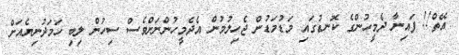
އޭތް!! ފައިނާ ދެމީހުންގެ ކޮނޑުގައި މަޑުމަޑުން ޖެހިލުމުން އެދެމީހުންނަށްވެސް ސިހުން ލިބި ހަމަދުނިޔެއަށް